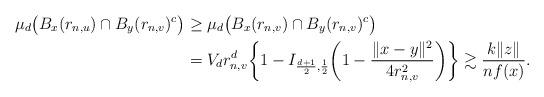
LaTeX: \begin{align*}\mu_d\bigl(B_x(r_{n,u}) \cap B_y(r_{n,v})^c\bigr) &\geq \mu_d\bigl(B_x(r_{n,v}) \cap B_y(r_{n,v})^c\bigr) \\&= V_d r_{n,v}^d \biggl\{1- I_{\frac{d+1}{2},\frac{1}{2}} \biggl(1-\frac{\|x-y\|^2}{4r_{n,v}^2} \biggr) \biggr\} \gtrsim \frac{k\|z\|}{nf(x)}.\end{align*}